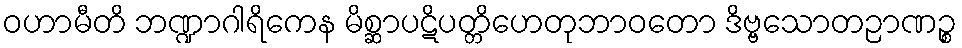
ဝဟာမီတိ ဘဏ္ဍာဂါရိကေန မိစ္ဆာပဋိပတ္တိဟေတုဘာဝတော ဒိဗ္ဗသောတဉာဏဉ္စ